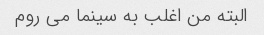
البته من اغلب به سینما می روم